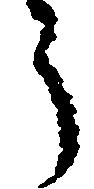
う